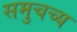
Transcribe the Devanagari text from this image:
समुचच्य